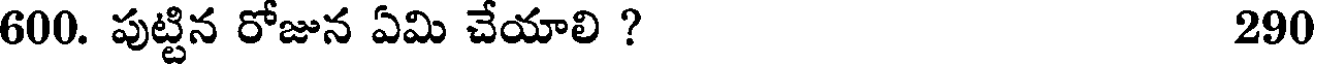
600. పుట్టిన రోజున ఏమి చేయాలి ? 290